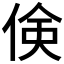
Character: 倹